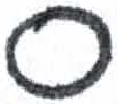
אות: ס